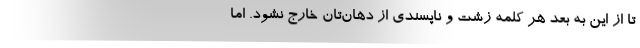
تا از این به بعد هر کلمه زشت و ناپسندی از دهان‌تان خارج نشود. اما